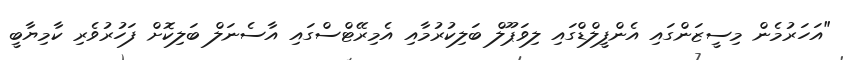
"އަހަރުމެން މިސީޒަންގައި އެންފީލްޑްގައި ލިވަޕޫލް ބަލިކުރުމާއި އެމިރޭޓްސްގައި އާސެނަލް ބަލިކޮށް ފަހުރުވެރި ކާމިޔާބީ